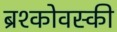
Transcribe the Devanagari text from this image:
ब्रश्कोवस्की